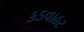
કડવાહટ